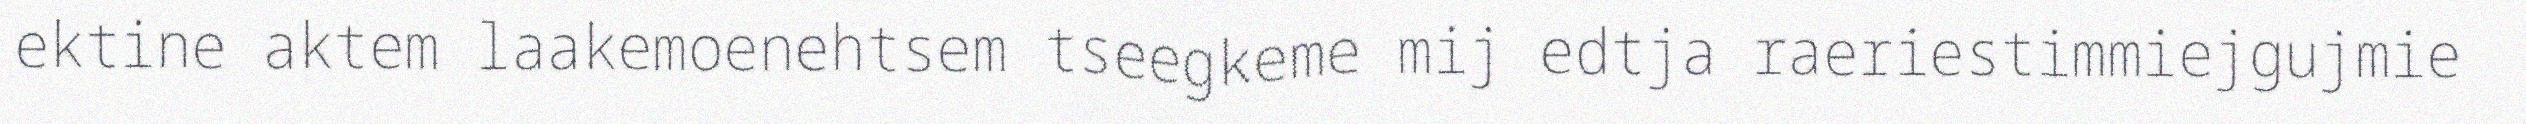
ektine aktem laakemoenehtsem tseegkeme mij edtja raeriestimmiejgujmie